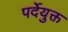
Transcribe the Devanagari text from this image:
पर्देयुक्त